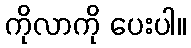
ကိုလာကို ပေးပါ။